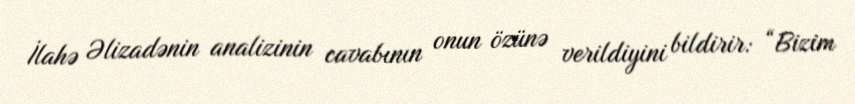
İlahə Əlizadənin analizinin cavabının onun özünə verildiyini bildirir: “Bizim